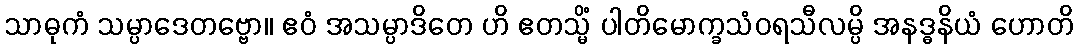
သာဓုကံ သမ္ပာဒေတဗ္ဗော။ ဧဝံ အသမ္ပာဒိတေ ဟိ ဧတသ္မိံ ပါတိမောက္ခသံဝရသီလမ္ပိ အနဒ္ဓနိယံ ဟောတိ